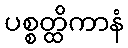
ပစ္စတ္ထိကာနံ